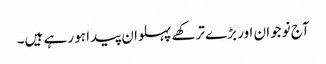
آج نوجوان اور بڑے ترکھے پہلوان پیدا ہو رہے ہیں۔